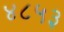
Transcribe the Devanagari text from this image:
४८५३